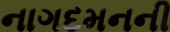
નાગદમનની